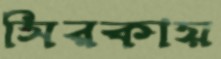
সিরকায়